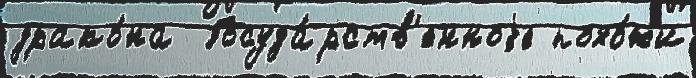
драко́на  Госуда́рств'енноjе похо́жи